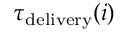
\tau _ { \mathrm { d e l i v e r y } } ( i )